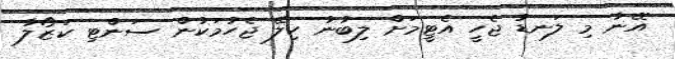
އޭނާ މި ލަނޑު ޖެހީ އެޓީމަށް ލިބުނު ހިލޭ ޖެހުމަކުން ސަންޓި ކަޒޯލާ